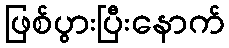
ဖြစ်ပွားပြီးနောက်